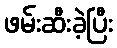
ဖမ်းဆီးခဲ့ပြီး